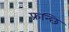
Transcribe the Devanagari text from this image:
फ्रन्छि